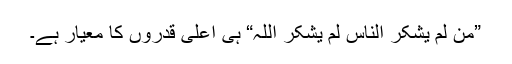
”من لم یشکر الناس لم یشکر اللہ“ ہی اعلیٰ قدروں کا معیار ہے۔